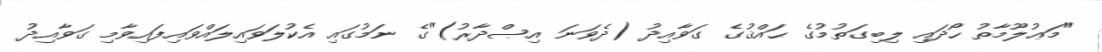
"މަޢުލޫމާތު ހޯދައި ލިބިގަތުމުގެ ޙައްޤުގެ ގަވާއިދު (ދެވަނަ އިޞްދާރު)"ގެ ނަމުގައި އެކުލަވައިލައްވައިފައިވާމި ގަވާއިދު